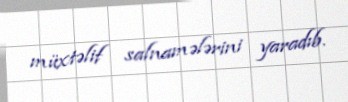
müxtəlif salnamələrini yaradıb.